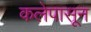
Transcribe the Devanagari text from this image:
कलेपासून